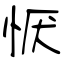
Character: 恹